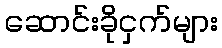
ဆောင်းခိုငှက်များ